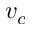
v _ { c }